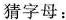
猜字母：